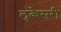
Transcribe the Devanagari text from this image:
लुकेसरी